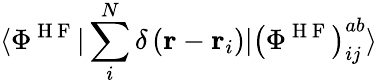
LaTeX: \langle\Phi^{\mathrm{~H~F~}}|\sum_{i}^{N}\delta\left(\mathbf{r}-\mathbf{r}_{i}\right)|\left(\Phi^{\mathrm{~H~F~}}\right)_{ij}^{ab}\rangle